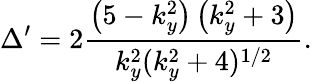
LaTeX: \Delta^{\prime}=2\frac{\left(5-k_{y}^{2}\right)\left(k_{y}^{2}+3\right)}{k_{y}^{2}(k_{y}^{2}+4)^{1/2}}.